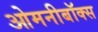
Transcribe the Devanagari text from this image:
ओमनीबॉक्स